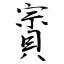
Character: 賨